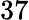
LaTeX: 37